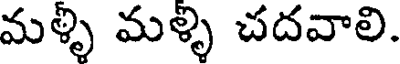
మళ్ళి మళ్ళి చదవాలి.